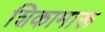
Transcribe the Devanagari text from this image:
शिकामारू